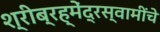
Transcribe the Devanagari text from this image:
श्रीब्रह्मेंद्रस्वामींचे